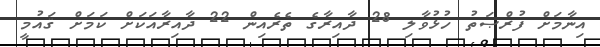
އިނާމަށް ފުރްޞަތު ހުޅުވާލި 28 ދާއިރާގެ ތެރެއިން 22 ދާއިރާއަކަށް ކަމަށް ޤައުމީ